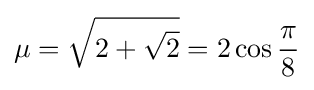
\mu ={\sqrt {2+{\sqrt {2}}}}=2\cos {\frac {\pi }{8}}